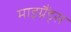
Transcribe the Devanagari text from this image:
माइग्रैंड्स